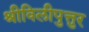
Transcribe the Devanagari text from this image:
श्रीविलीपुत्तुर